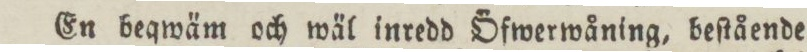
En beqwäm och wäl inredd Öfwerwåning, beſtående